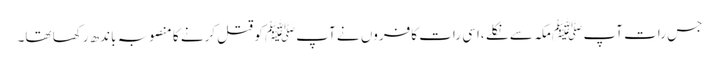
جس رات آپ ﷺمکہ سے نکلے ،اسی رات کافروں نے آپﷺ کو قتل کرنے کا منصوبہ باندھ رکھا تھا۔